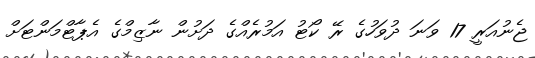
ޖެނުއަރީ 17 ވަނަ ދުވަހުގެ ރޭ ކޯޓު އަމުރެއްގެ ދަށުން ނާޒިމްގެ އެޕާޓްމަންޓަށް